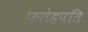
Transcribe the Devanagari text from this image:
फतेहपति